Annual report of the Madras Medical College
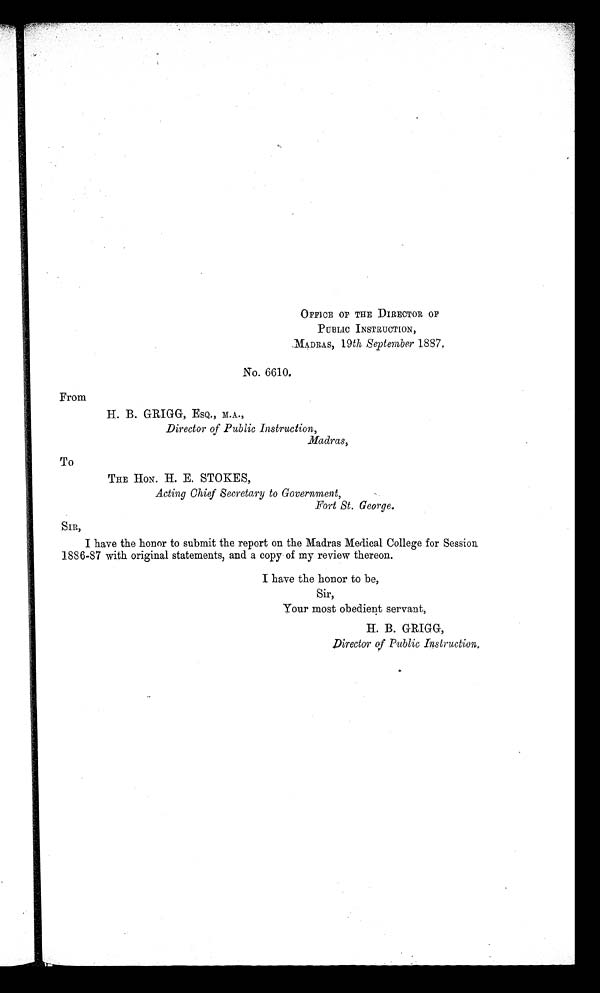
OFFICE OF THE DIRECTOR OF
P UBLIC INSTRUCTION,
MADRAS, 19 th September 1887.
No. 6610.
From
H. B. GRIGG, ESQ., M.A.,
Director of Public Instruction,
Madras,
To
THE HON. H. E. STOKES,
Acting Chief Secretary to Government,
Fort St. George.
SIR,
I have the honor to submit the report on the Madras Medical College for Session
1886-87 with original statements, and a copy of my review thereon.
I have the honor to be,
Sir,
Your most obedient servant,
H. B. GRIGG,
Director of Public Instruction.